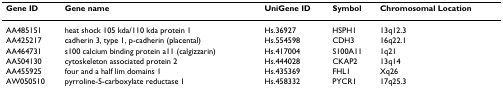
| Gene ID | Gene name | UniGene ID | Symbol | Chromosomal Location |
 | --- | --- | --- | --- | --- |
 | AA485151 | heat shock 105 kda/110 kda protein 1 | Hs.36927 | HSPH1 | 13q12.3 |
 | AA425217 | cadherin 3, type 1, p-cadherin (placental) | Hs.554598 | CDH3 | 16q22.1 |
 | AA464731 | s100 calcium binding protein a11 (calgizzarin) | Hs.417004 | S100A11 | 1q21 |
 | AA504130 | cytoskeleton associated protein 2 | Hs.444028 | CKAP2 | 13q14 |
 | AA455925 | four and a half lim domains 1 | Hs.435369 | FHL1 | Xq26 |
 | AW050510 | pyrroline-5-carboxylate reductase 1 | Hs.458332 | PYCR1 | 17q25.3 |